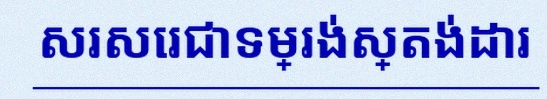
សរសេរជាទម្រង់ស្តង់ដារ